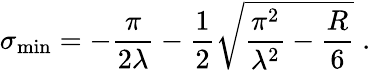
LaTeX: \sigma_{\mathrm{min}}=-\frac{\pi}{2\lambda}-\frac{1}{2}\sqrt{\frac{\pi^{2}}{\lambda^{2}}-\frac{R}{6}}\; .